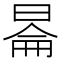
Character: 𬀿